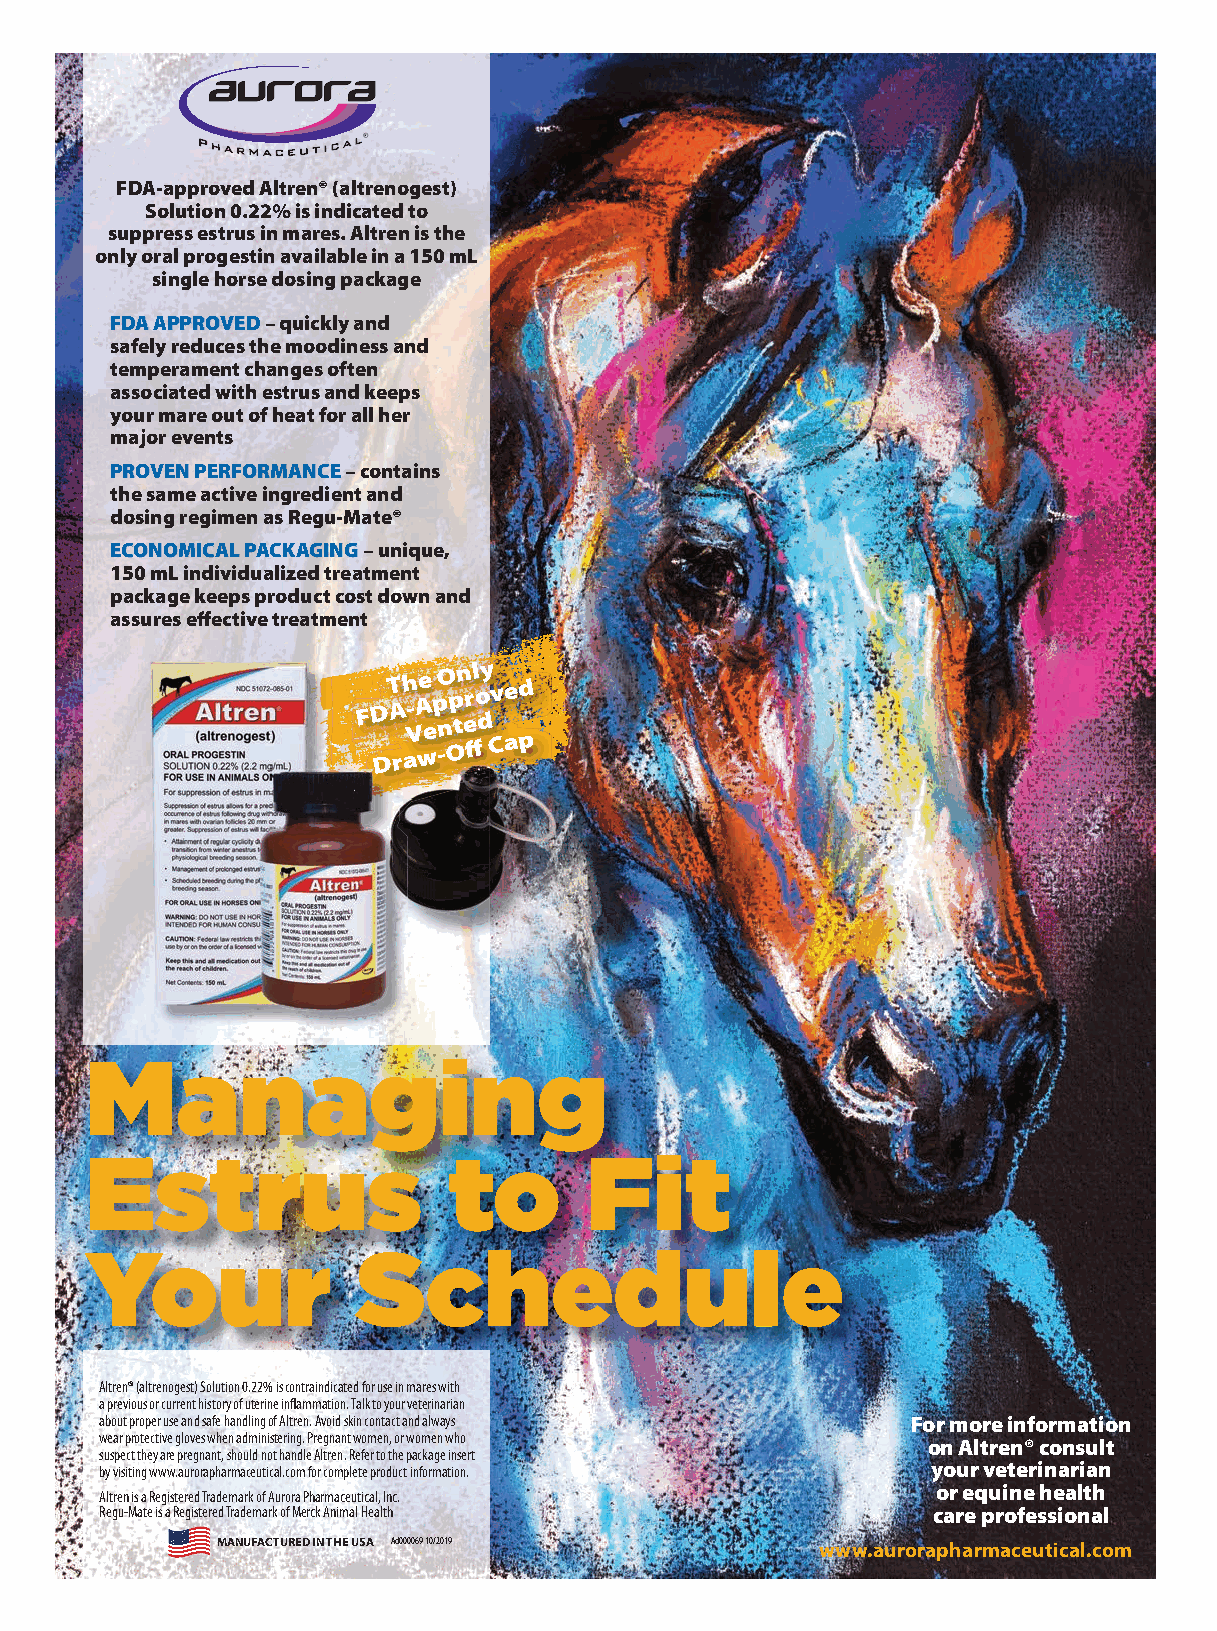
FDA-approved Altren® (altrenogest)
 Solution 0.22% is indicated to
 suppress estrus in mares. Altren is the
 only oral progestin available in a 150 mL
 single horse dosing package
 FFDDAA AAPPPPRROOVVEEDD – quickly and
 safely reduces the moodiness and
 temperament changes often
 associated with estrus and keeps
 your mare out of heat for all her
 major events
 PPPRRROOOVVVEEENNN PPPEEERRRFFFOOORRRMMMAAANNNCCCEEE – contains
 the same active ingredient and
 dosing regimen as Regu-Mate®
 EEECCCOOONNNOOOMMMIIICCCAAALLL PPPAAACCCKKKAAAGGGIIINNNGGG – unique,
 150 mL individualized treatment
 package keeps product cost down and
 assures effective treatment
 FDT Ah - VAe
 e
 p nO p tn erl o dy v ed
 Draw-Off
 Cap
 Managing
 Estrus                  to        Fit
 Your              Schedule
 Altren® (altrenogest) Solution 0.22% is contraindicated for use in mares with
 a previous or current history of uterine inflammation. Talk to your veterinarian
 about proper use and safe handling of Altren. Avoid skin contact and always For more information
 wear protective gloves when administering. Pregnant women, or women who
 on Altren® consult
 suspect they are pregnant, should not handle Altren. Refer to the package insert
 by visiting www.aurorapharmaceutical.com for complete product information. your veterinarian
 or equine health
 Altren is a Registered Trademark of Aurora Pharmaceutical, Inc.
 Regu-Mate is a Registered Trademark of Merck Animal Health care professional
 MANUFACTURED IN THE USA Ad000069 10/2019 www.aurorapharmaceutical.com
 BLACKYELLOWMAGENTACYAN     BH22-Aurora.pgs 11.03.2021 10:48  TheBloodHorse